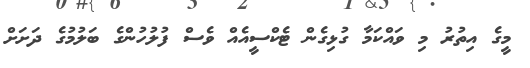
މީގެ އިތުރު މި ވައްކަމާ ގުޅިގެން ޓެކްސީއެއް ވެސް ފުލުހުންގެ ބަލުމުގެ ދަށަށް